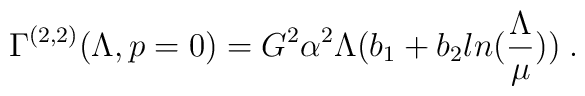
\Gamma^{(2,2)}(\Lambda,p=0)=G^2\alpha^2\Lambda(b_1+b_2ln(\frac{\Lambda}{\mu}))\;.